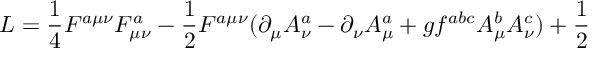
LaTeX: { \cal L } = \frac 1 4 F ^ { a \mu \nu } F _ { \mu \nu } ^ { a } - \frac 1 2 F ^ { a \mu \nu } ( \partial _ { \mu } A _ { \nu } ^ { a } - \partial _ { \nu } A _ { \mu } ^ { a } + g f ^ { a b c } A _ { \mu } ^ { b } A _ { \nu } ^ { c } ) + \frac 1 2